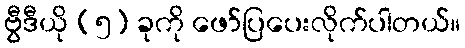
ဗွီဒီယို (၅) ခုကို ဖော်ပြပေးလိုက်ပါတယ်။